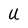
Character: U